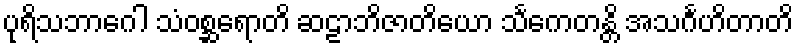
ပုရိသဘာဂေါ သံဝစ္ဆရောတိ ဆဠာဘိဇာတိယော သင်္ကေတန္တိ အသင်္ဂဟိတာတိ